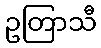
ဥတြာသီ